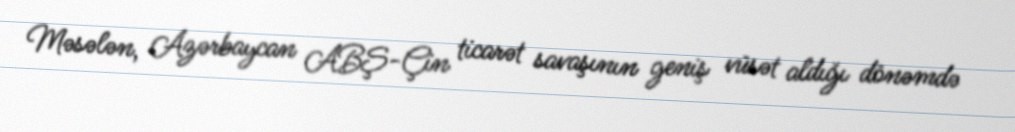
Məsələn, Azərbaycan ABŞ-Çin ticarət savaşının geniş vüsət aldığı dönəmdə